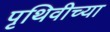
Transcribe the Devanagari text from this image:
पृथिवीच्या